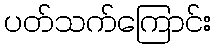
ပတ်သက်ကြောင်း